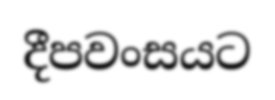
දීපවංසයට